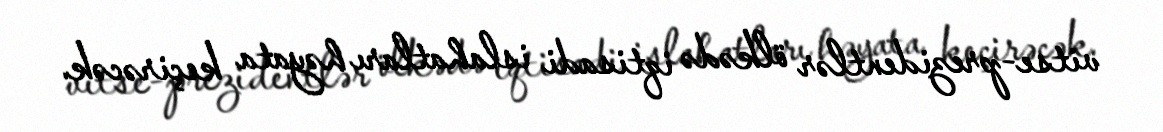
vitse-prezidentlər ölkədə iqtisadi islahatları həyata keçirəcək.